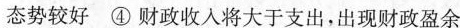
态势较好 ④财政收入将大于支出，出现财政盈余